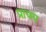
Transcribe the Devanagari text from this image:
प्रायय